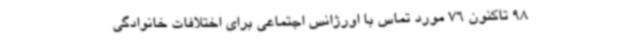
98 تاکنون 76 مورد تماس با اورژانس اجتماعی برای اختلافات خانوادگی